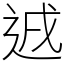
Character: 䢕